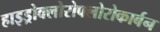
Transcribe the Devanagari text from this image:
हाइड्रोक्लोरोफ्लोरोकार्बन